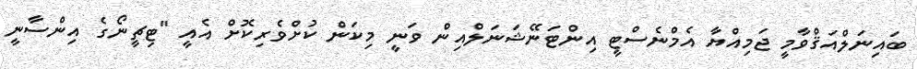
ބައިނަލްއަޤްވާމީ ޖަމިއްޔާ އެމްނެސްޓީ އިންޓަނޭޝަނަލްއިން ވަނީ މިކަން ކުށްވެރިކޮށް އެއީ "ޓިޗީނޯގެ އިންސާނީ